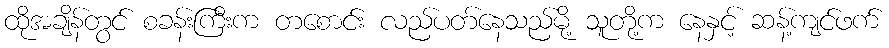
ထိုအချိန်တွင် စခန်းကြီးက တစောင်း လည်ပတ်နေသည်မို့ သူတို့က နေနှင့် ဆန့်ကျင်ဖက်